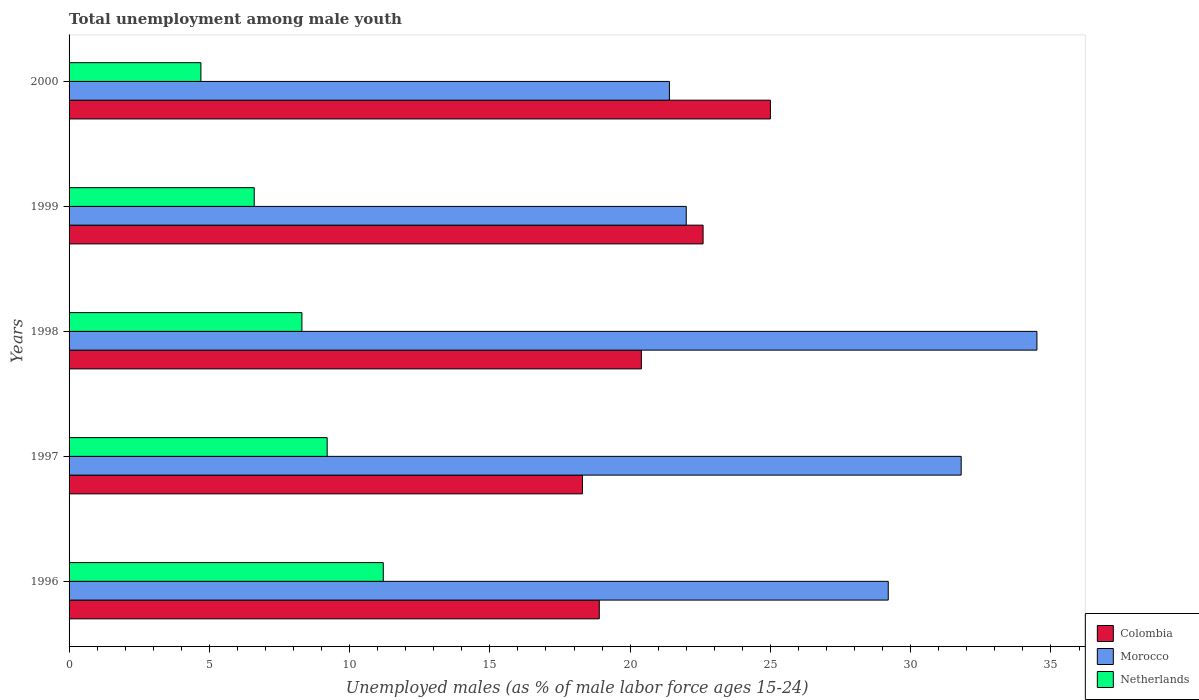
| Years | Colombia | Morocco | Netherlands |
 | --- | --- | --- | --- |
 | 1996 | 18.9 | 29.2 | 11.2 |
 | 1997 | 18.3 | 31.8 | 9.2 |
 | 1998 | 20.4 | 34.5 | 8.3 |
 | 1999 | 22.6 | 22 | 6.6 |
 | 2000 | 25 | 21.4 | 4.7 |